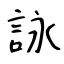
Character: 詠